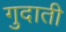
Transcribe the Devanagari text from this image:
गुदाती